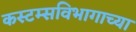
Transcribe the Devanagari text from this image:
कस्टम्सविभागाच्या